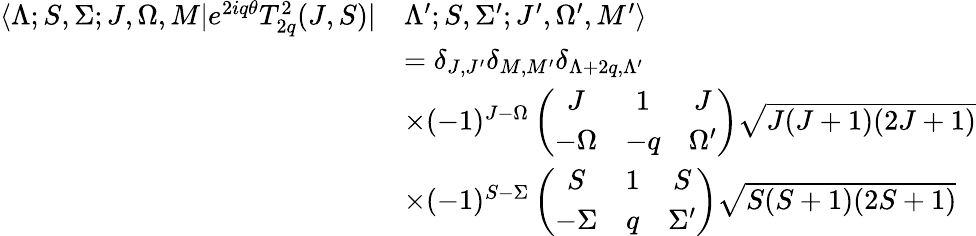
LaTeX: \begin{array}{rl}{\langle\Lambda;S,\Sigma;J,\Omega,M|e^{2iq\theta}T_{2q}^{2}(J,S)|}&{\Lambda^{\prime};S,\Sigma^{\prime};J^{\prime},\Omega^{\prime},M^{\prime}\rangle}\\ &{=\delta_{J,J^{\prime}}\delta_{M,M^{\prime}}\delta_{\Lambda+2q,\Lambda^{\prime}}}\\ &{\times(-1)^{J-\Omega}\left(\begin{array}{ccc}{J}&{1}&{J}\\ {-\Omega}&{-q}&{\Omega^{\prime}}\end{array}\right)\sqrt{J(J+1)(2J+1)}}\\ &{\times(-1)^{S-\Sigma}\left(\begin{array}{ccc}{S}&{1}&{S}\\ {-\Sigma}&{q}&{\Sigma^{\prime}}\end{array}\right)\sqrt{S(S+1)(2S+1)}}\end{array}